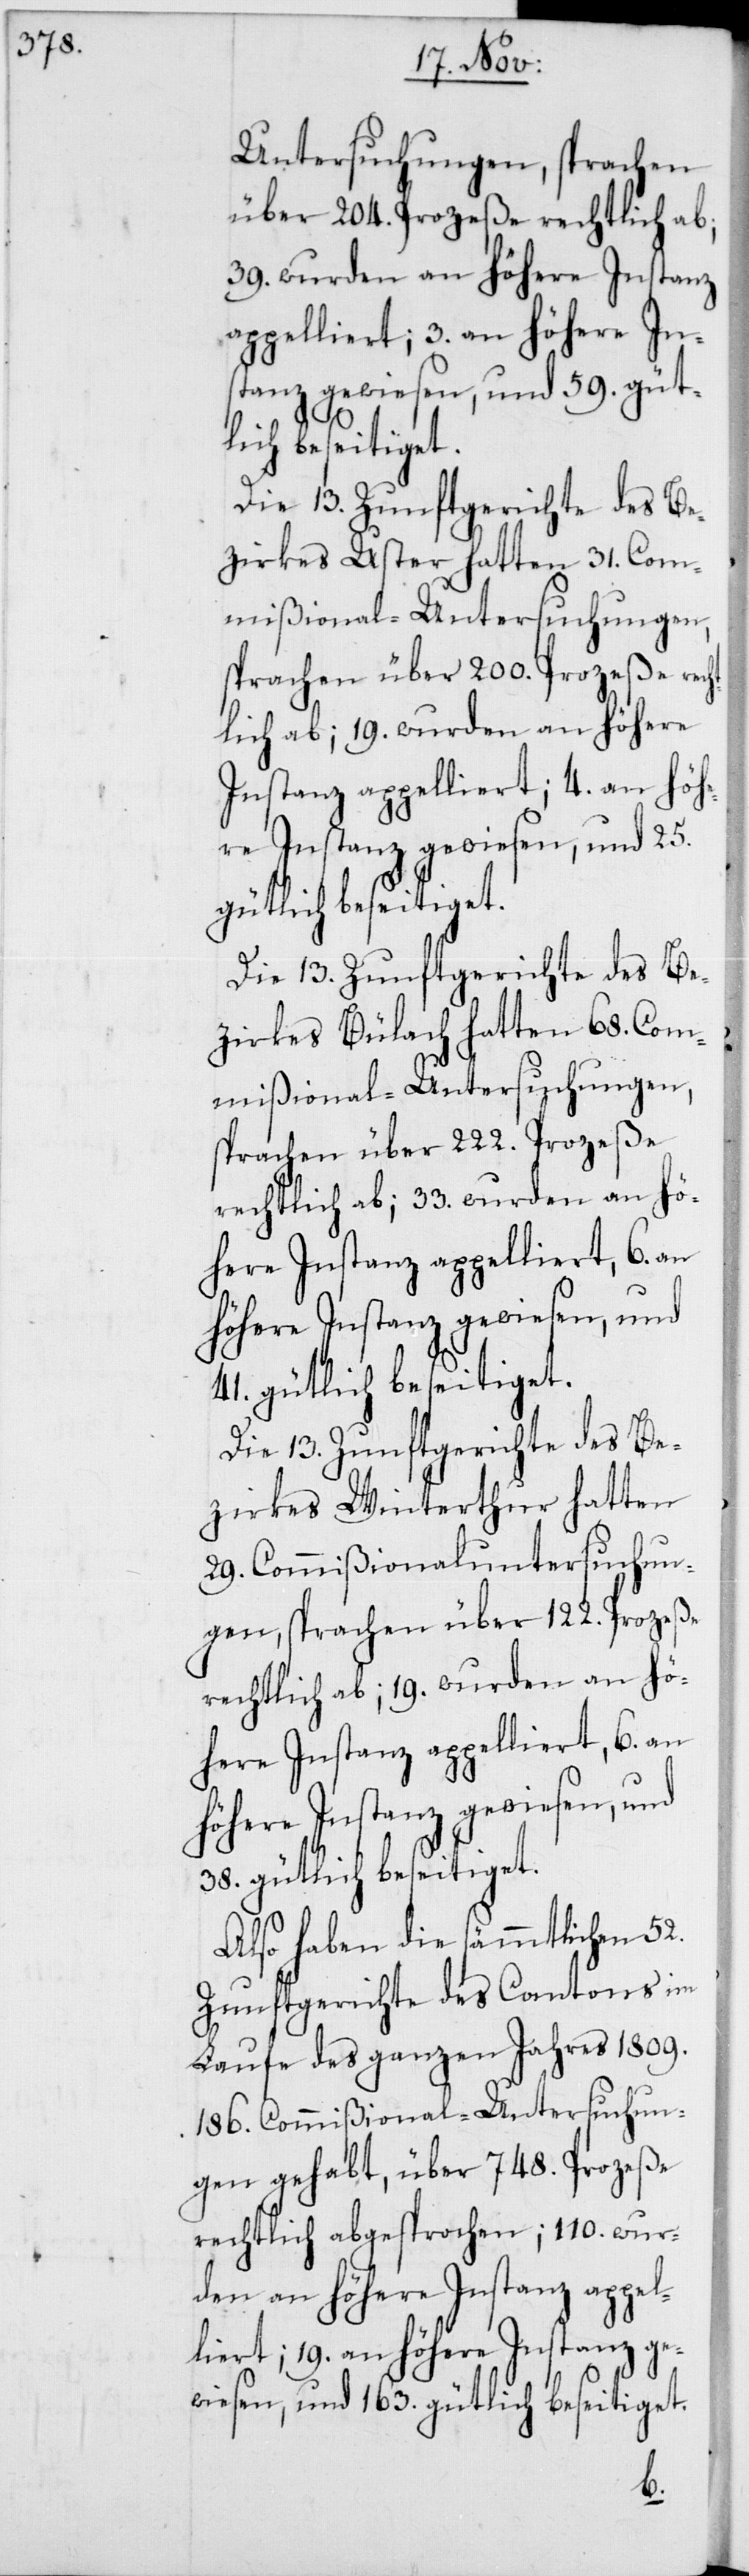
Untersuchungen, sprachen
über 204. Prozeße rechtlich ab;
39. wurden an höhere Instanz
appelliert; 3. an höhere Ins¬
tanz gewiesen, und 59. güt¬
lich beseitiget.
Die 13. Zunftgerichte des Be¬
zirkes Uster hatten 31. Com¬
mißional-Untersuchungen,
sprachen über 200. Prozeße
Die 13. Zunftgerichte des Be¬
zirkes Bülach hatten 68. Com¬
mißional-Untersuchungen,
sprachen über 222. Prozeße
rechtlich ab; 33. wurden an hö¬
höhere Instanz gewiesen, und
41. gütlich beseitiget.
Die 13. Zunftgerichte des Be¬
zirkes Winterthur hatten
gen, sprachen über 122. Prozeße
rechtlich ab; 19. wurden an hö¬
here Instanz appelliert, 6. an
höhere Instanz gewiesen, und
38. gütlich beseitiget.
Also haben die sämmtlichen 52.
Zunftgerichte des Cantons im
Laufe des ganzen Jahres 1809.
186. Commißional-Untersuchun¬
gen gehabt, über 748. Prozeße
rechtlich abgesprochen; 110. wur¬
den an höhere Instanz appel¬
liert; 19. an höhere Instanz ge¬
wiesen, und 163. gütlich beseitiget.